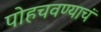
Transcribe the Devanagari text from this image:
पोहचवण्याचं